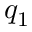
q _ { 1 }